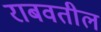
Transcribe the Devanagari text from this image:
राबवतील